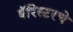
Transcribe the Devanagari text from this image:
बॅरिस्टरचे